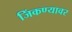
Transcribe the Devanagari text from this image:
जिंकण्यावर